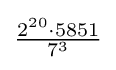
{\tfrac {2^{20}\cdot 5851}{7^{3}}}